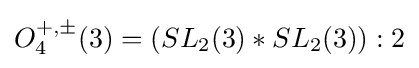
O_{4}^{+,\pm }(3)=(SL_{2}(3)*SL_{2}(3)):2